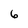
Character: 6